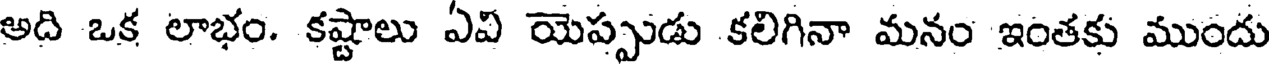
అది ఒక లాభం. కష్టాలు ఏవి యెప్పుడు కలిగినా మనం ఇంతకు ముందు